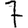
Digit: 7